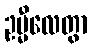
ဥမ္မီလေတွာ